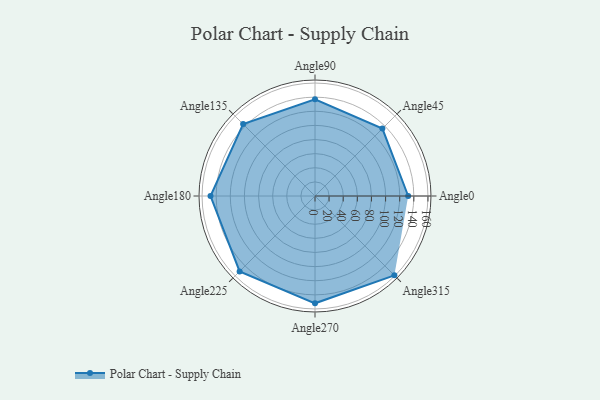
{"axis": {"x": "Angle", "y": "Radius"}, "legend": [""], "data": [{"x": "Angle0", "y": 132.0, "type": ""}, {"x": "Angle45", "y": 135.0, "type": ""}, {"x": "Angle90", "y": 137.0, "type": ""}, {"x": "Angle135", "y": 144.0, "type": ""}, {"x": "Angle180", "y": 148.0, "type": ""}, {"x": "Angle225", "y": 151.0, "type": ""}, {"x": "Angle270", "y": 152.0, "type": ""}, {"x": "Angle315", "y": 159.0, "type": ""}]}